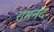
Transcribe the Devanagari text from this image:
रामनंद